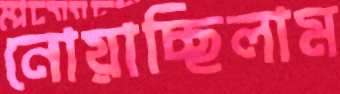
নোয়াচ্ছিলাম